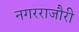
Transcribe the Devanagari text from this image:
नगरराजौरी